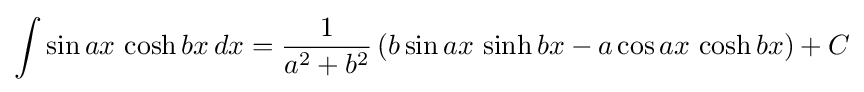
\int \sin ax\,\cosh bx\,dx={\frac {1}{a^{2}+b^{2}}}\left(b\sin ax\,\sinh bx-a\cos ax\,\cosh bx\right)+C